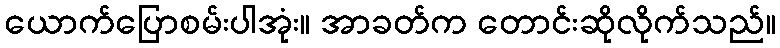
ယောက်ပြောစမ်းပါအုံး။ အာခတ်က တောင်းဆိုလိုက်သည်။